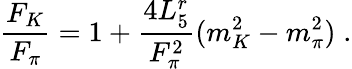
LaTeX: \frac{F_{K}}{F_{\pi}}=1+\frac{4L_{5}^{r}}{F_{\pi}^{2}}(m_{K}^{2}-m_{\pi}^{2})\; .